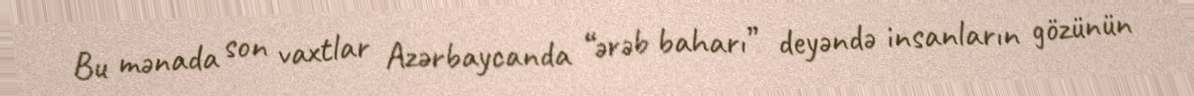
Bu mənada son vaxtlar Azərbaycanda “ərəb baharı” deyəndə insanların gözünün